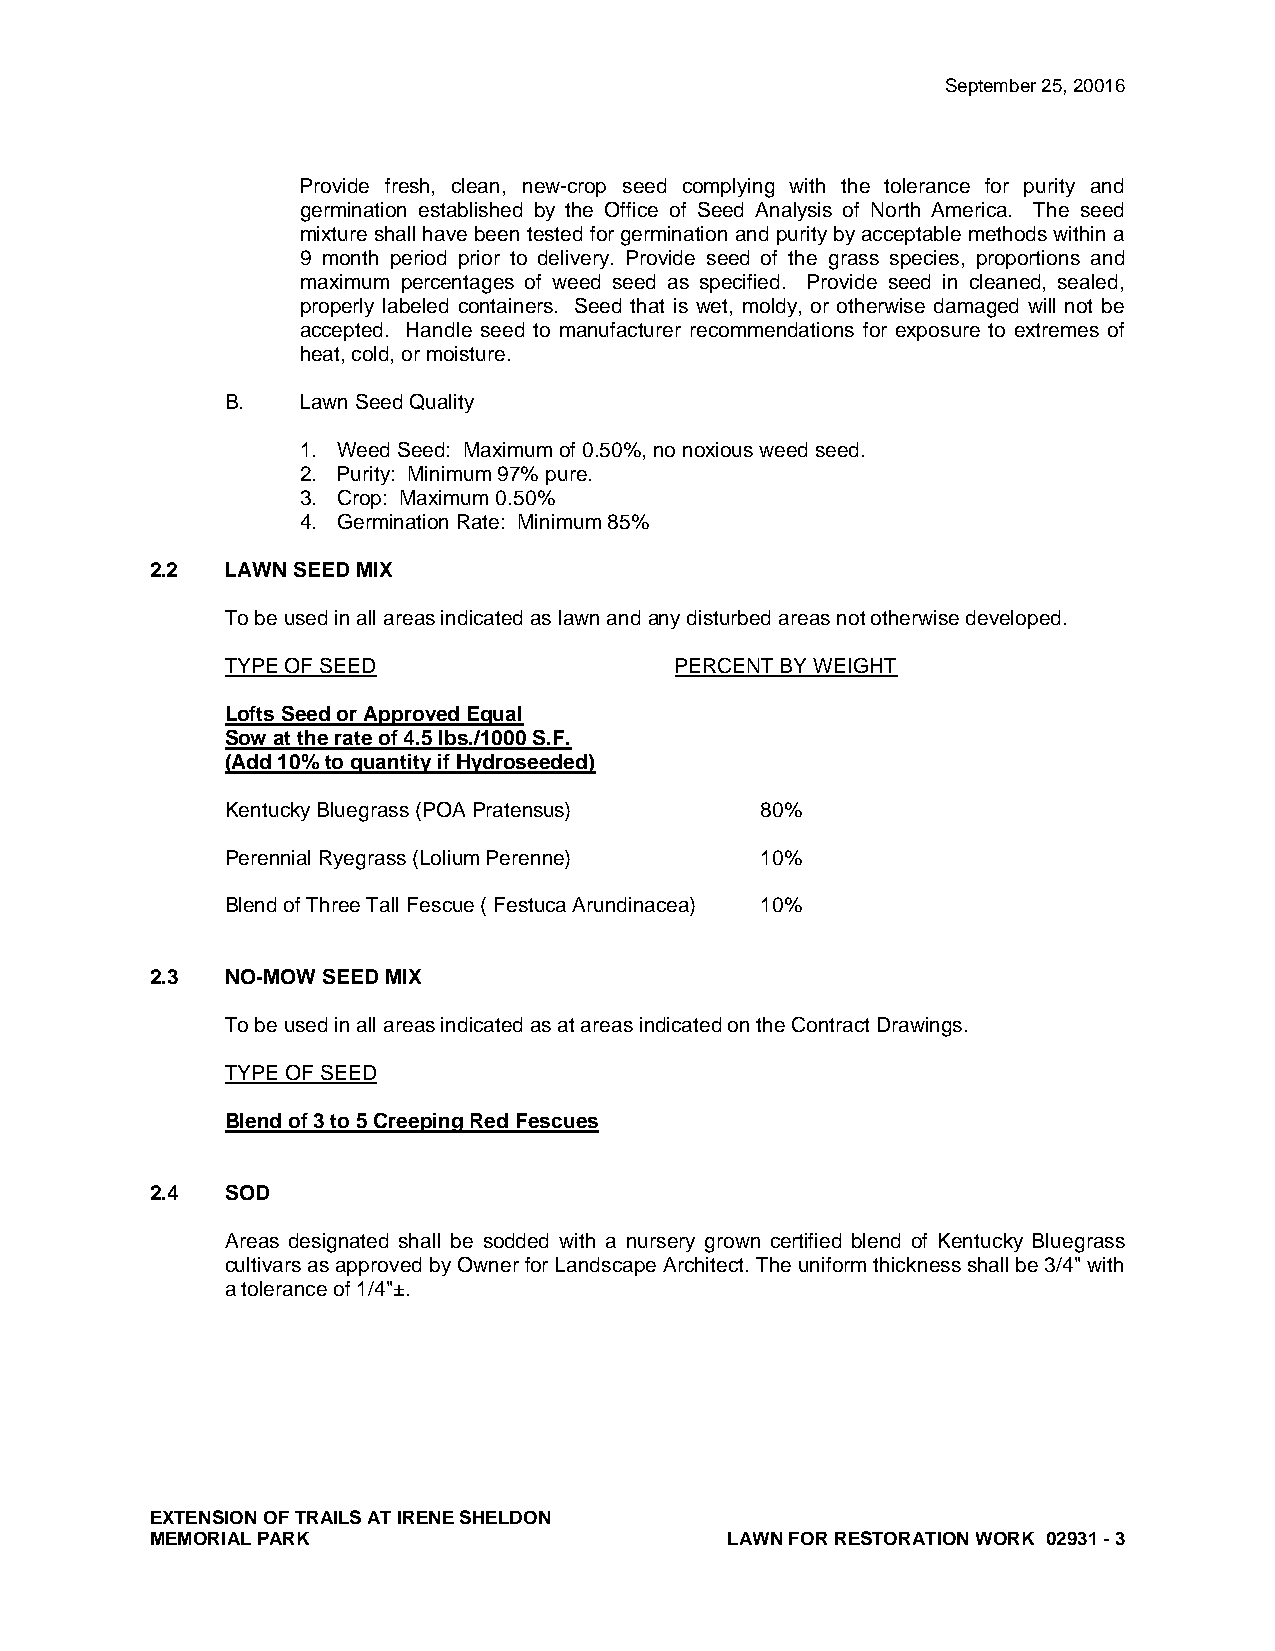
September 25, 20016
 Provide fresh, clean, new-crop seed complying with the tolerance for purity and
 germination established by the Office of Seed Analysis of North America. The seed
 mixture shall have been tested for germination and purity by acceptable methods within a
 9 month period prior to delivery. Provide seed of the grass species, proportions and
 maximum percentages of weed seed as specified. Provide seed in cleaned, sealed,
 properly labeled containers. Seed that is wet, moldy, or otherwise damaged will not be
 accepted. Handle seed to manufacturer recommendations for exposure to extremes of
 heat, cold, or moisture.
 B.   Lawn Seed Quality
 1. Weed Seed: Maximum of 0.50%, no noxious weed seed.
 2. Purity: Minimum 97% pure.
 3. Crop: Maximum 0.50%
 4. Germination Rate: Minimum 85%
 2.2  LAWN SEED MIX
 To be used in all areas indicated as lawn and any disturbed areas not otherwise developed.
 TYPE OF SEED                  PERCENT BY WEIGHT
 Lofts Seed or Approved Equal
 Sow at the rate of 4.5 lbs./1000 S.F.
 (Add 10% to quantity if Hydroseeded)
 Kentucky Bluegrass (POA Pratensus) 80%
 Perennial Ryegrass (Lolium Perenne) 10%
 Blend of Three Tall Fescue ( Festuca Arundinacea) 10%
 2.3  NO-MOW SEED MIX
 To be used in all areas indicated as at areas indicated on the Contract Drawings.
 TYPE OF SEED
 Blend of 3 to 5 Creeping Red Fescues
 2.4  SOD
 Areas designated shall be sodded with a nursery grown certified blend of Kentucky Bluegrass
 cultivars as approved by Owner for Landscape Architect. The uniform thickness shall be 3/4" with
 a tolerance of 1/4"±.
 EXTENSION OF TRAILS AT IRENE SHELDON
 MEMORIAL PARK                         LAWN FOR RESTORATION WORK 02931 - 3